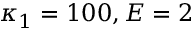
\kappa _ { 1 } = 1 0 0 , E = 2